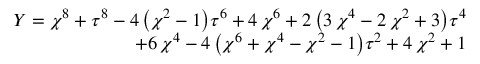
\begin{array} { r } { Y = { \chi } ^ { 8 } + { \tau } ^ { 8 } - 4 \, { \left( { \chi } ^ { 2 } - 1 \right) } { \tau } ^ { 6 } + 4 \, { \chi } ^ { 6 } + 2 \, { \left( 3 \, { \chi } ^ { 4 } - 2 \, { \chi } ^ { 2 } + 3 \right) } { \tau } ^ { 4 } } \\ { + 6 \, { \chi } ^ { 4 } - 4 \, { \left( { \chi } ^ { 6 } + { \chi } ^ { 4 } - { \chi } ^ { 2 } - 1 \right) } { \tau } ^ { 2 } + 4 \, { \chi } ^ { 2 } + 1 } \end{array}